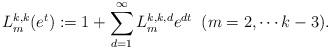
LaTeX: \begin{align*}L_{m}^{k,k}(e^{t}):=1+\sum_{d=1}^{\infty}L_{m}^{k,k,d}e^{dt}\;\;(m=2,\cdots k-3).\end{align*}